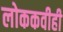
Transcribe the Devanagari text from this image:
लोककवीही